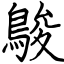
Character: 鵔